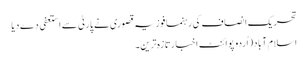
تحریک انصاف کی رہنما فوزیہ قصوری نے پارٹی سے استعفی دے دیا
اسلام آباد(اُردو پوائنٹ اخبارتازہ ترین۔